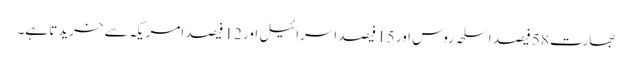
بھارت 58 فیصد اسلحہ روس اور 15 فیصداسرائیل اور 12 فیصد امریکہ سے خریدتا ہے۔